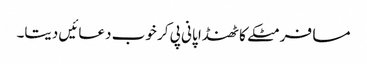
مسافر مٹکے کا ٹھنڈا پانی پی کر خوب دعائیں دیتا۔